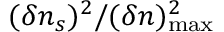
( \delta n _ { s } ) ^ { 2 } / ( \delta n ) _ { \mathrm { m a x } } ^ { 2 }